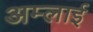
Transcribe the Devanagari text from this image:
अम्लाई